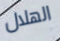
الهلال